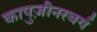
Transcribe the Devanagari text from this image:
कापुज़ीनरबर्ग